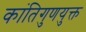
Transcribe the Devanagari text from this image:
कांतिगुणयुक्त